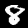
Label: 8